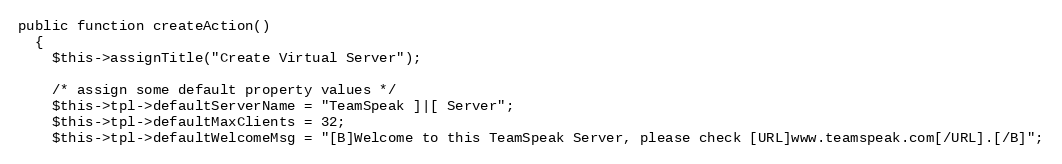
Language: PHP
public function createAction()
  {
    $this->assignTitle("Create Virtual Server");

    /* assign some default property values */
    $this->tpl->defaultServerName = "TeamSpeak ]|[ Server";
    $this->tpl->defaultMaxClients = 32;
    $this->tpl->defaultWelcomeMsg = "[B]Welcome to this TeamSpeak Server, please check [URL]www.teamspeak.com[/URL].[/B]";